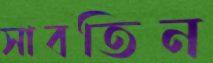
সাবতিন